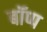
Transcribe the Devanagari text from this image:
बॉप्प